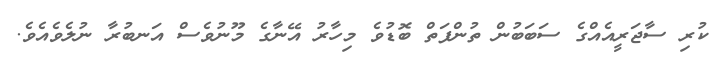
ކުރި ސާޖަރީއެއްގެ ސަބަބުން ތުންފަތް ބޮޑުވެ މިހާރު އޭނާގެ މޫނުވެސް އަނބުރާ ނުލެވެއެވެ.